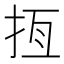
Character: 𢫮